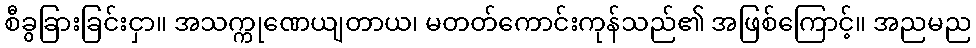
စီခွခြားခြင်းငှာ။ အသက္ကုဏေယျတာယ၊ မတတ်ကောင်းကုန်သည်၏ အဖြစ်ကြောင့်။ အညမည